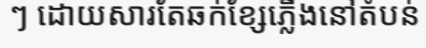
ៗ ដោយសារតែឆក់ខ្សែភ្លើងនៅតំបន់